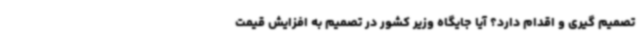
تصمیم گیری و اقدام دارد؟ آیا جایگاه وزیر کشور در تصمیم به افزایش قیمت